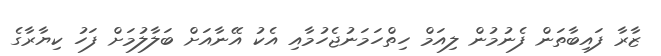
ޒާރާ ފައިބާތަން ފެނުމުން ލިއަމް ހިތްހަމަނުޖެހުމާއި އެކު އޭނާއަށް ބަލާލުމަށް ފަހު ކިޔާރާގެ